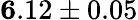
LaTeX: {\mathbf 6.12\pm 0.05}